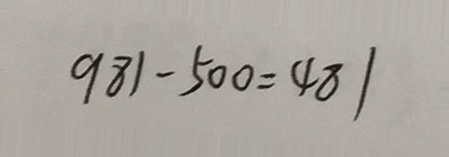
9 8 1 - 5 0 0 = 4 8 1